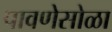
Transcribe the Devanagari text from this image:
पावणेसोळा